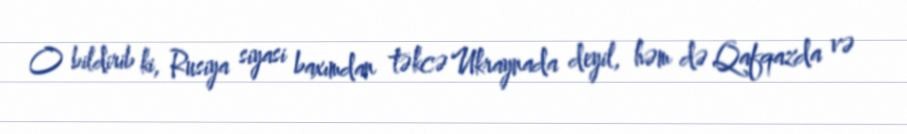
O bildirib ki, Rusiya siyasi baxımdan təkcə Ukraynada deyil, həm də Qafqazda və